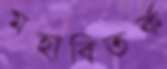
মহাবিতর্ক